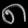
Digit: ၈